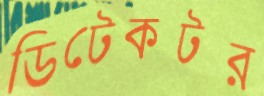
ডিটেকটর